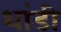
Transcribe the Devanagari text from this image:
थांडी